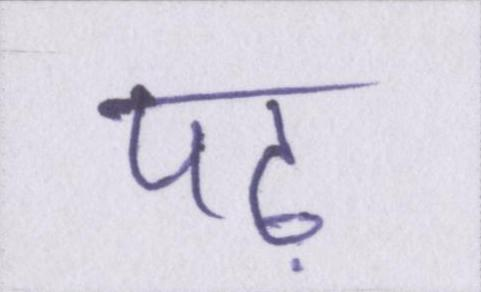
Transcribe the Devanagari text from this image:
पढ़